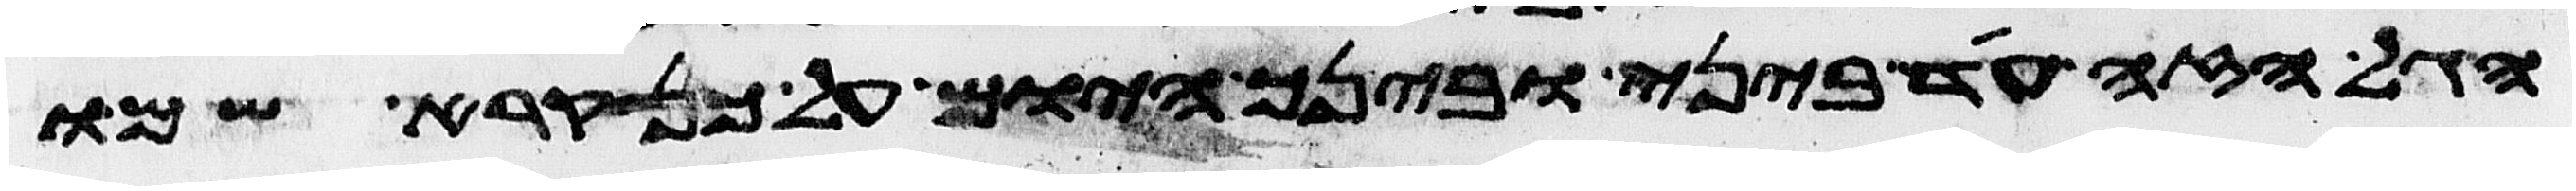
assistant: הגל הזה עד ביני ובינך היום על כן קרא שמו